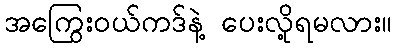
အကြွေးဝယ်ကဒ်နဲ့ ပေးလို့ရမလား။